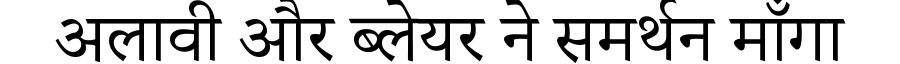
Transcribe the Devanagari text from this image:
अलावी और ब्लेयर ने समर्थन माँगा